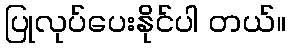
ပြုလုပ်ပေးနိုင်ပါ တယ်။